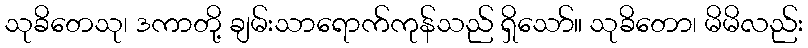
သုခိတေသု၊ ဒကာတို့ ချမ်းသာရောက်ကုန်သည် ရှိသော်။ သုခိတော၊ မိမိလည်း